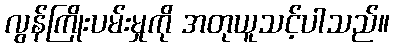
လွန်ကြိုးပမ်းမှုကို အတုယူသင့်ပါသည်။